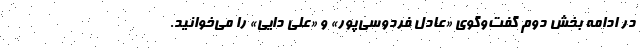
در ادامه بخش دوم گفت‌وگوی «عادل فردوسی‌پور» و «علی دایی» را می‌خوانید.